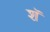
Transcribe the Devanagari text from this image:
शॅ